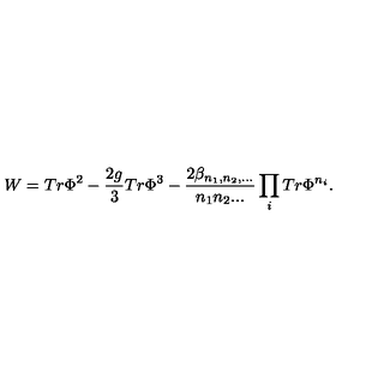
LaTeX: W = T r \Phi ^ { 2 } - \frac { 2 g } { 3 } T r \Phi ^ { 3 } - \frac { 2 \beta _ { n _ { 1 } , n _ { 2 } , . . . } } { n _ { 1 } n _ { 2 } . . . } \prod _ { i } T r \Phi ^ { n _ { i } } .